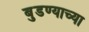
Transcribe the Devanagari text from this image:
बुडण्याच्या